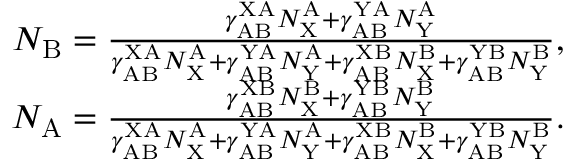
\begin{array} { r } { N _ { \mathrm { B } } = \frac { \gamma _ { \mathrm { A B } } ^ { \mathrm { X A } } N _ { \mathrm { X } } ^ { \mathrm { A } } + \gamma _ { \mathrm { A B } } ^ { \mathrm { Y A } } N _ { \mathrm { Y } } ^ { \mathrm { A } } } { \gamma _ { \mathrm { A B } } ^ { \mathrm { X A } } N _ { \mathrm { X } } ^ { \mathrm { A } } + \gamma _ { \mathrm { A B } } ^ { \mathrm { Y A } } N _ { \mathrm { Y } } ^ { \mathrm { A } } + \gamma _ { \mathrm { A B } } ^ { \mathrm { X B } } N _ { \mathrm { X } } ^ { \mathrm { B } } + \gamma _ { \mathrm { A B } } ^ { \mathrm { Y B } } N _ { \mathrm { Y } } ^ { \mathrm { B } } } , } \\ { N _ { \mathrm { A } } = \frac { \gamma _ { \mathrm { A B } } ^ { \mathrm { X B } } N _ { \mathrm { X } } ^ { \mathrm { B } } + \gamma _ { \mathrm { A B } } ^ { \mathrm { Y B } } N _ { \mathrm { Y } } ^ { \mathrm { B } } } { \gamma _ { \mathrm { A B } } ^ { \mathrm { X A } } N _ { \mathrm { X } } ^ { \mathrm { A } } + \gamma _ { \mathrm { A B } } ^ { \mathrm { Y A } } N _ { \mathrm { Y } } ^ { \mathrm { A } } + \gamma _ { \mathrm { A B } } ^ { \mathrm { X B } } N _ { \mathrm { X } } ^ { \mathrm { B } } + \gamma _ { \mathrm { A B } } ^ { \mathrm { Y B } } N _ { \mathrm { Y } } ^ { \mathrm { B } } } . } \end{array}